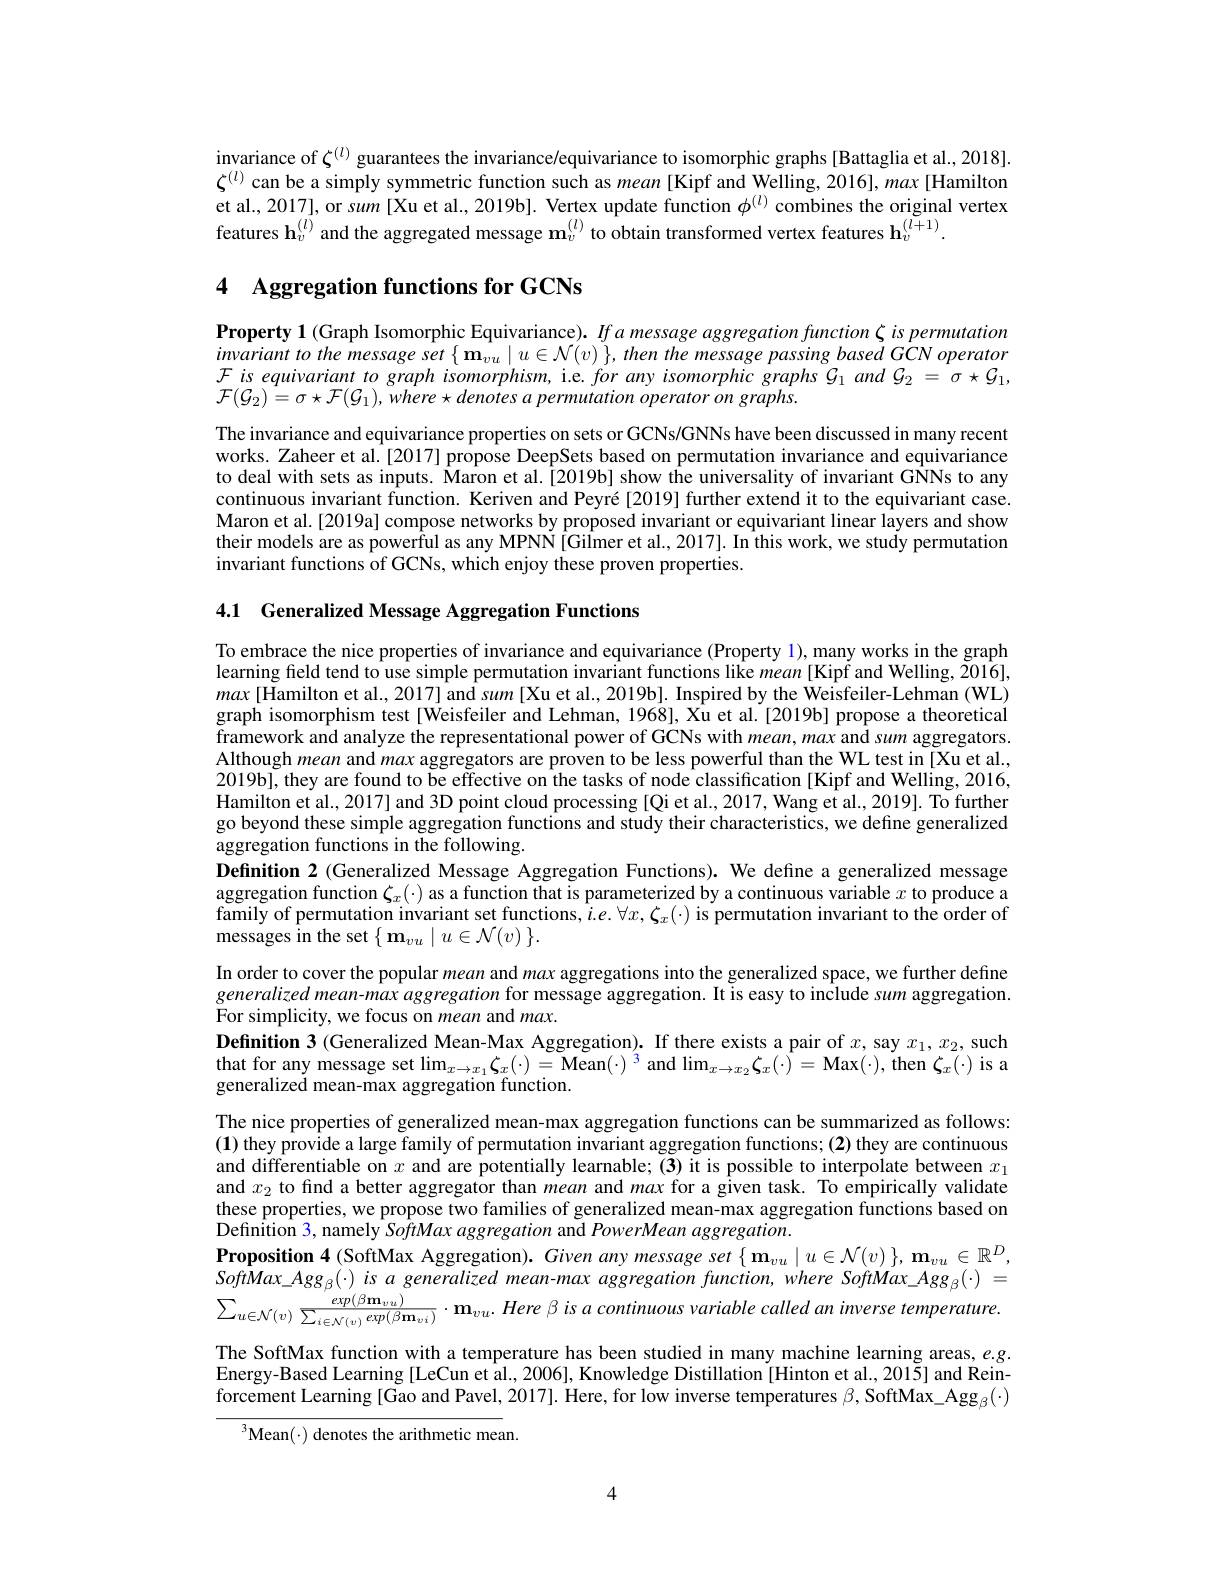
invariance of $\zeta^{(l)}$ guarantees the invariance/equivariance to isomorphic graphs[Battaglia et al., 2018]. $\zeta^{(l)}$ can be a simply symmetric function such as mean [Kipf and Welling, 2016], max [Hamilton et al., 2017], or sum [Xu et al., 2019b]. Vertex update function $\phi^{(l)}$ combines the original vertex features h$_v^{(l)}$ and the aggregated message m$_v^{(l)}$ to obtain transformed vertex features $\mathbf{h}_v^{(l+1)}.$

# 4 Aggregation functions for GCNs

Property 1 (Graph Isomorphic Equivariance). Ifa message aggregation function $\zeta$ is permutation $invariant~to~the~message~set~\{~\mathbf{m}_{vu}\mid u\in\mathcal{N}(v)\},~then~the~message~passing~based~GCN~operator$ $\mathcal{F}$ is equivariant to graph isomorphism, i.e. for any isomorphic graphs $\mathcal{G}_1$ and $\mathcal{G}_2=\sigma\star\mathcal{G}_1$, ${\mathcal{F} }( \mathcal{G} _{2}) \overset {. }{\operatorname* { = } }\sigma \star {\mathcal{F} }( \mathcal{G} _{1}) , where\star denotes$ $apermutation operator on graphs.$

The invariance and equivariance properties on sets or GCNs/GNNs have been discussed in many recent works. Zaheer et al.[2017] propose DeepSets based on permutation invariance and equivariance to deal with sets as inputs. Maron et al.[2019b] show the universality of invariant GNNs to any continuous invariant function. Keriven and Peyré[2019] further extend it to the equivariant case Maron et al.[2019a] compose networks by proposed invariant or equivariant linear layers and show their models are as powerful as any MPNN[Gilmer et al., 2017]. In this work, we study permutation invariant functions of GCNs, which enjoy these proven properties.

4.1 Generalized Message Aggregation Functions

To embrace the nice properties of invariance and equivariance (Property 1), many works in the graph learning feld tend to use simple permutation invariant functions like mean [Kipf and Welling, 2016], $max[$Hamilton et al., 2017] and sum[Xu et al., 2019b]. Inspired by the Weisfeiler-Lehman (WL) graph isomorphism test[Weisfeiler and Lehman, 1968], Xu et al.[2019b] propose a theoretical framework and analyze the representational power of GCNs with $mean,max$ and sum aggregators Although mean and max aggregators are proven to be less powerful than the WL test in [Xu et al., 2019b], they are found to be effective on the tasks of node classification [Kipf and Welling, 2016, Hamilton et al., 2017] and 3D point cloud processing [Qi et al., 2017, Wang et al., 2019]. To further go beyond these simple aggregation functions and study their characteristics, we define generalized aggregation functions in the following.
Definition 2 (Generalized Message Aggregation Functions). We define a generalized message aggregation function $\zeta_x(\cdot)$ as a function that is parameterized by a continuous variable $x$ to produce a family of permutation invariant set functions, $\hat{i}.e.\forall x,\boldsymbol{\zeta}_x(\cdot)$ is permutation invariant to the order of ${\mathrm{messages~in~the~set}}\left\{\mathbf{m}_{vu}\mid u\in\mathcal{N}(v)\right\}.$
In order to cover the popular mean and max aggregations into the generalized space, we further define generalized mean-max aggregation for message aggregation. It is easy to include sum aggregation. For simplicity, we focus on mean and max.
$\textbf{Definition 3 ( Generalized Mean- Max Aggregation) . If there exists a pair of }x$,say $x_1,x_2$,such that for any message set $\lim_{x\to x_1}\boldsymbol{\zeta}_x(\cdot)=$Mean$(\cdot)^3$ and $\lim_x\to x_2\boldsymbol{\zeta}_x(\cdot)=$ Max$(\cdot)$, then $\boldsymbol{\zeta}_x(\cdot)$ is a generalized mean-max aggregation function
The nice properties of generalized mean-max aggregation functions can be summarized as follows: (1) they provide a large family of permutation invariant aggregation functions; (2) they are continuous and differentiable on $x$ and are potentially learnable;(3) it is possible to interpolate between $x_1$ and $x_2$ to find a better aggregator than mean and $m\alpha$ for a given task. To empirically validate these properties, we propose two families of generalized mean-max aggregation functions based on Definition 3, namely SoffMax aggregation and PowerMean aggregation.
$\textbf{Proposition 4( SoftMax Aggregation) . Given any message set}\left \{ \mathbf{m} _{vu}\mid u\in \mathcal{N} ( v) \right \} , \mathbf{m} _{vu}\in \mathbb{R} ^{D}$, $Soft\dot{M}ax\_Agg_{\beta}(\cdot)$ is $a$ generalized mean-max aggregation function, where SoftMax\_Agg{}{}(\:)\:=\:. $\sum _{u\in \mathcal{N} ( v) }\frac {exp( \beta \mathbf{m} _{vu}) }{\sum _{i\in \mathcal{N} ( v) }exp( \beta \mathbf{m} _{vi}) }\cdot \mathbf{m} _{vu}. Here\beta isacontinuous$ variable called $an$ imverse $temperature.$ The SoftMax function with a temperature has been studied in many machine learning areas, $e.g.$ Energy-Based Learning [LeCun et al., 2006], Knowledge Distillation [Hinton et al., 2015] and Reinforcement Learning [Gao and Pavel, 2017]. Here, for low inverse temperatures $\beta$, SoftMax\_Agg$_\beta(\cdot)$
$^{3}$Mean$(\cdot)$ denotes the arithmetic mean.

4